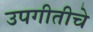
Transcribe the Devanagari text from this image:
उपगीतीचे